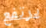
يرتفع